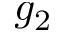
g _ { 2 }